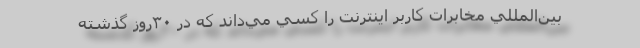
بين‌المللي مخابرات كاربر اينترنت را كسي مي‌داند كه در ۳۰روز گذشته